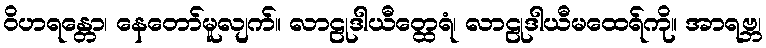
ဝိဟရန္တော၊ နေတော်မူလျက်။ လာဠုဒါယီတ္ထေရံ၊ လာဠုဒါယီမထေရ်ကို။ အာရဗ္ဘ၊